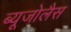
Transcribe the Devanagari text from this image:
ब्यूजोलैस